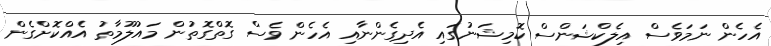
އެހެން ނަމަވެސް އިލެކްޝަންސް ކޮމިޝަނުގައި އެދިގެންނާއި އެހެން ވެސް ގޮތްގޮތުން މައުލޫމާތު އެއްކޮށްގެން